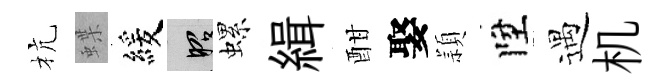
杭蝶緩昭螺緝酣娶頴陞遇机